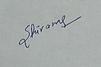
Signature authenticity: genuine